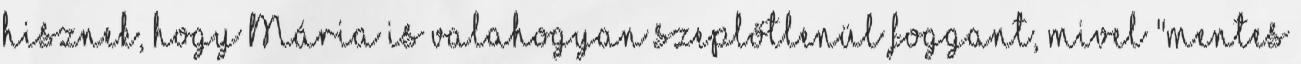
hisznek, hogy Mária is valahogyan szeplőtlenül foggant, mivel "mentes